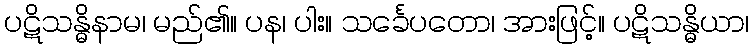
ပဋိသန္ဓိနာမ၊ မည်၏။ ပန၊ ပါး။ သင်္ခေပတော၊ အားဖြင့်။ ပဋိသန္ဓိယာ၊